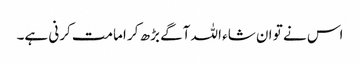
اس نے تو ان شاء اللہ آگے بڑھ کر امامت کرنی ہے۔